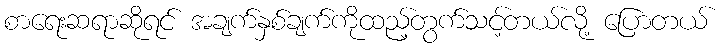
စာရေးဆရာဆိုရင် အချက်နှစ်ချက်ကိုထည့်တွက်သင့်တယ်လို့ ပြောတယ်